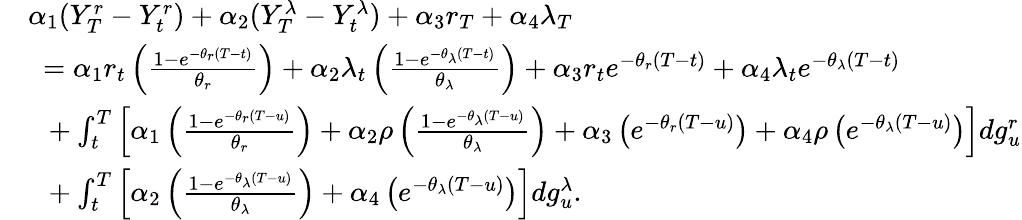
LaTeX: \begin{array}{rl}&{\alpha_{1}(Y_{T}^{r}-Y_{t}^{r})+\alpha_{2}(Y_{T}^{\lambda}-Y_{t}^{\lambda})+\alpha_{3}r_{T}+\alpha_{4}\lambda_{T}}\\ &{\ =\alpha_{1}r_{t}\left(\frac{1-e^{-\theta_{r}(T-t)}}{\theta_{r}}\right)+\alpha_{2}\lambda_{t}\left(\frac{1-e^{-\theta_{\lambda}(T-t)}}{\theta_{\lambda}}\right)+\alpha_{3}r_{t}e^{-\theta_{r}(T-t)}+\alpha_{4}\lambda_{t}e^{-\theta_{\lambda}(T-t)}}\\ &{\ \ +\int_{t}^{T}\left[\alpha_{1}\left(\frac{1-e^{-\theta_{r}(T-u)}}{\theta_{r}}\right)+\alpha_{2}\rho\left(\frac{1-e^{-\theta_{\lambda}(T-u)}}{\theta_{\lambda}}\right)+\alpha_{3}\left(e^{-\theta_{r}(T-u)}\right)+\alpha_{4}\rho\left(e^{-\theta_{\lambda}(T-u)}\right)\right]dg_{u}^{r}}\\ &{\ \ +\int_{t}^{T}\left[\alpha_{2}\left(\frac{1-e^{-\theta_{\lambda}(T-u)}}{\theta_{\lambda}}\right)+\alpha_{4}\left(e^{-\theta_{\lambda}(T-u)}\right)\right]dg_{u}^{\lambda}.}\end{array}